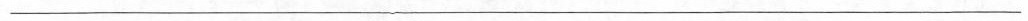
___